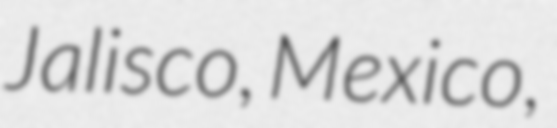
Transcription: Jalisco, Mexico,